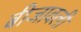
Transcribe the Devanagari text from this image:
बीजावली